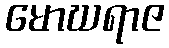
မောဃရာဇ